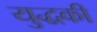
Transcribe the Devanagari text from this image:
युद्धकी